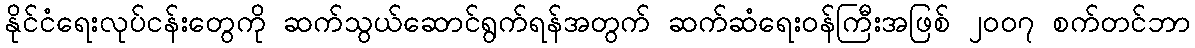
နိုင်ငံရေးလုပ်ငန်းတွေကို ဆက်သွယ်ဆောင်ရွက်ရန်အတွက် ဆက်ဆံရေးဝန်ကြီးအဖြစ် ၂၀၀၇ စက်တင်ဘာ